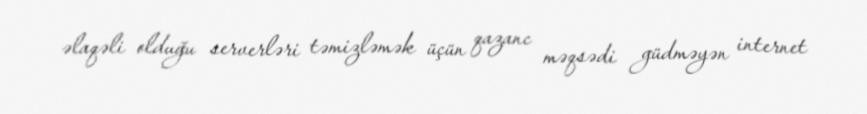
əlaqəli olduğu serverləri təmizləmək üçün qazanc məqsədi güdməyən internet